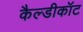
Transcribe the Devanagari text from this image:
कैल्डीकॉट